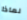
لماذا